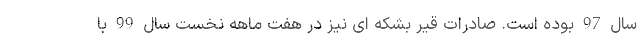
سال 97 بوده است. صادرات قیر بشکه ای نیز در هفت ماهه نخست سال 99 با